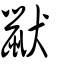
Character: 鼣